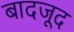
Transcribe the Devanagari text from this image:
बादजूद